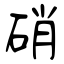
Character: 硝